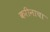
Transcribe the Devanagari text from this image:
करीनाचा